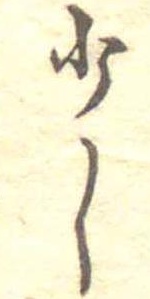
少し